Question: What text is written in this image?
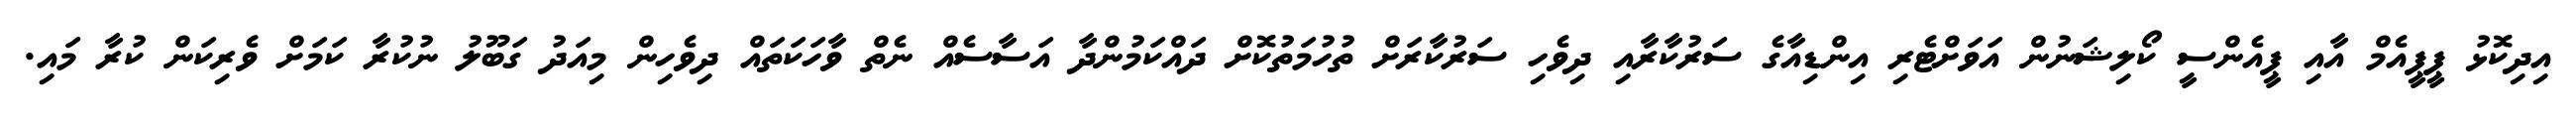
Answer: އިދިކޮޅު ޕީޕީއެމް އާއި ޕީއެންސީ ކޯލިޝަނުން އަވަށްޓެރި އިންޑިއާގެ ސަރުކާރާއި ދިވެހި ސަރުކާރަށް ތުހުމަތުކޮށް ދައްކަމުންދާ އަސާސެއް ނެތް ވާހަކަތައް ދިވެހިން މިއަދު ގަބޫލު ނުކުރާ ކަމަށް ވެރިކަން ކުރާ މައި.